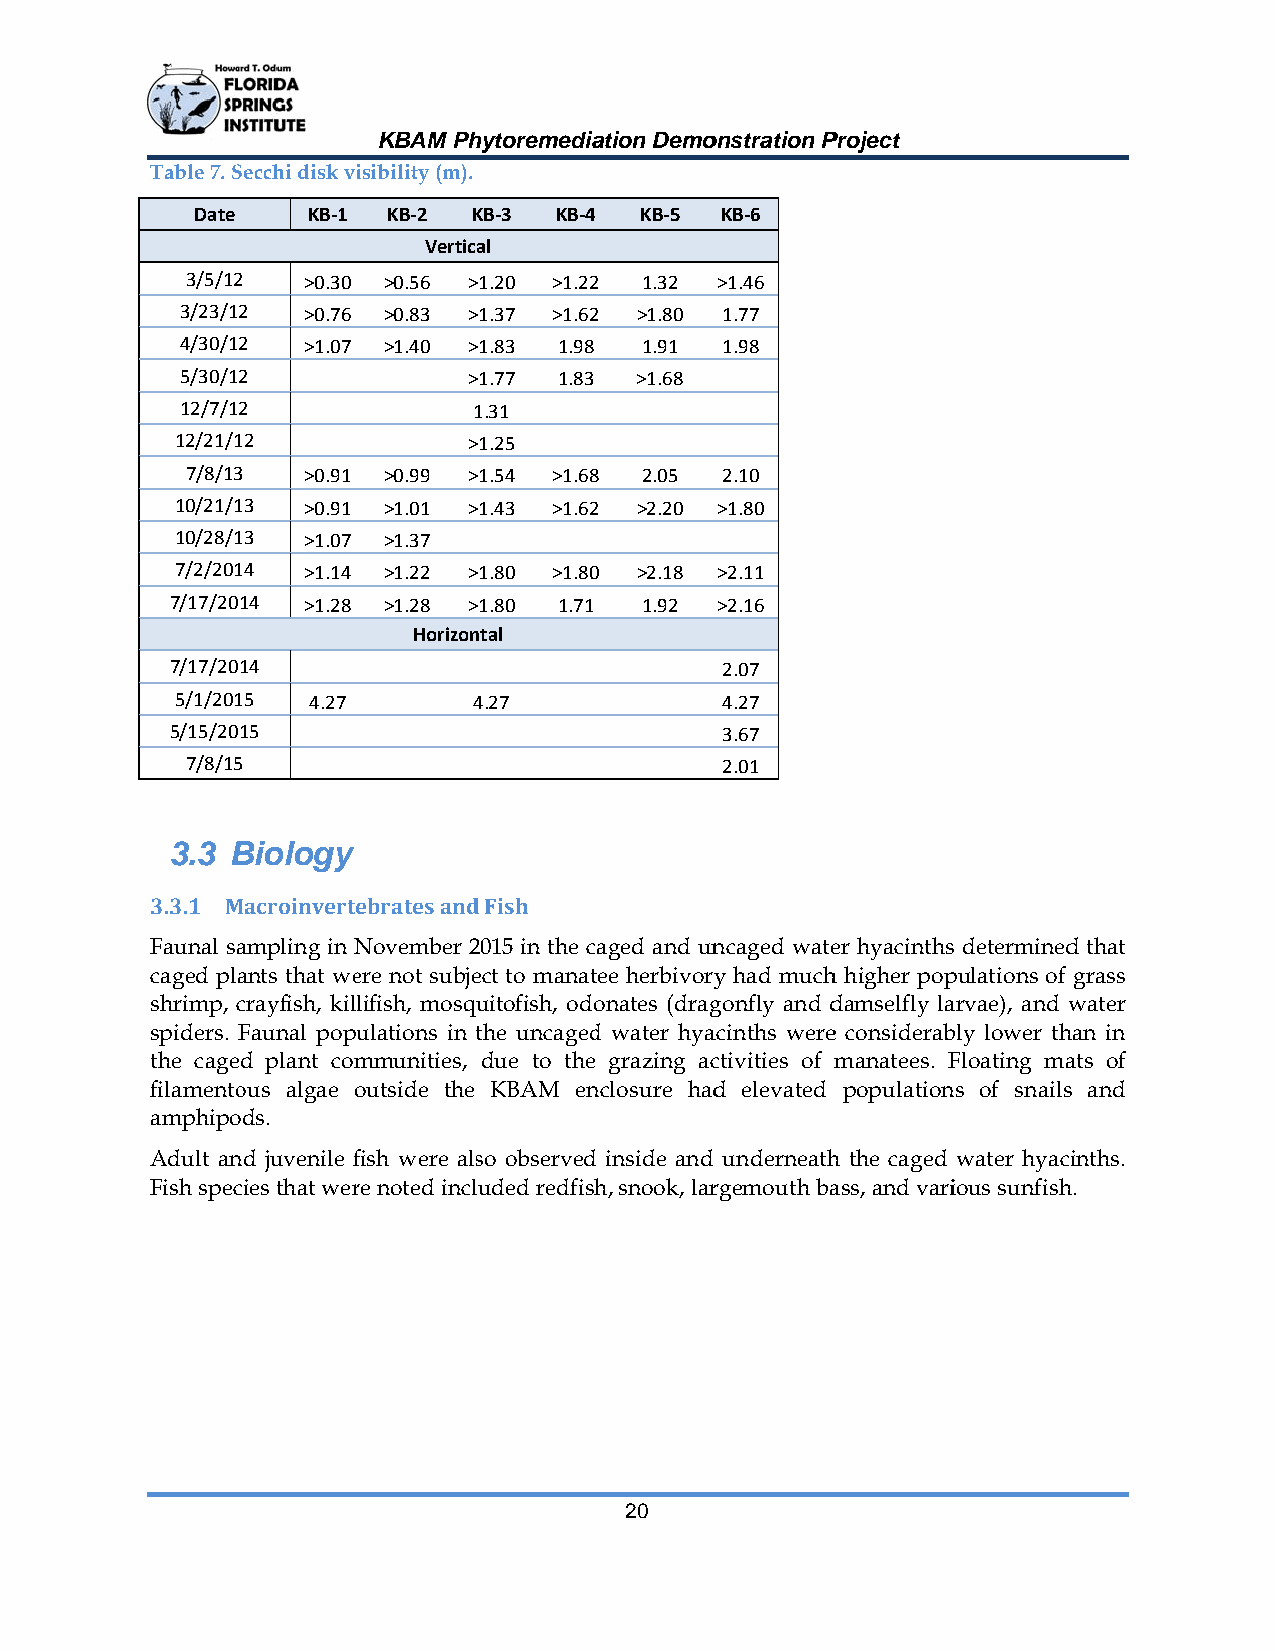
KBAM Phhytoremediaation Demoonstration PProject
 Table 7. SSecchi disk viisibility (m).
 Date   KB‐1  KB‐2 KKB‐3 KB‐4 KB‐5  KB‐6
 Vertical
 3/5/122 >0.30 >0.56 >>1.20 >1.222 1.32 >1.46
 3/23/12 >0.76 >0.83 >>1.37 >1.622 >1.80 1.77
 4/30/12 >1.07 >1.40 >>1.83 1.98 1.91 1.98
 5/30/12            >>1.77 1.83 >1.68
 12/7/12            11.31
 12/21/112          >>1.25
 7/8/133 >0.91 >0.99 >>1.54 >1.688 2.05 2.10
 10/21/113 >0.91 >1.01 >>1.43 >1.622 >2.20 >1.80
 10/28/113 >1.07 >1.37
 7/2/20114 >1.14 >1.22 >>1.80 >1.800 >2.18 >2.11
 7/17/2014 >1.28 >1.28 >>1.80 1.71 1.92 >2.16
 Horizonntal
 7/17/2014                            2.07
 5/1/20115 4.27     44.27            4.27
 5/15/2015                            3.67
 7/8/155                             2.01
 3.3 BBiology
 3.3.1 MMacroinverteebrates andd Fish
 Faunal saampling in NNovember 22015 in the caged and unncaged wateer hyacinthss determinedd that
 caged plaants that weere not subjeect to manattee herbivoryy had muchh higher poppulations of grass
 shrimp, ccrayfish, killlifish, mosquuitofish, odoonates (draggonfly and ddamselfly laarvae), and wwater
 spiders. Faunal popuulations in tthe uncagedd water hyaacinths weree considerabbly lower than in
 the cageed plant commmunities, due to the grazing acctivities of manatees. FFloating maats of
 filamentoous algae ooutside the KBAM ennclosure hadd elevated populationns of snails and
 amphipoods.
 Adult annd juvenile ffish were alsso observedd inside and underneathh the caged water hyaciinths.
 Fish speccies that werre noted inclluded redfishh, snook, larrgemouth baass, and variious sunfishh.
 20